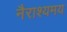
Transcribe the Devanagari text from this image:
नैराश्यमय